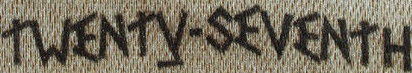
TWENTY-SEVENTH